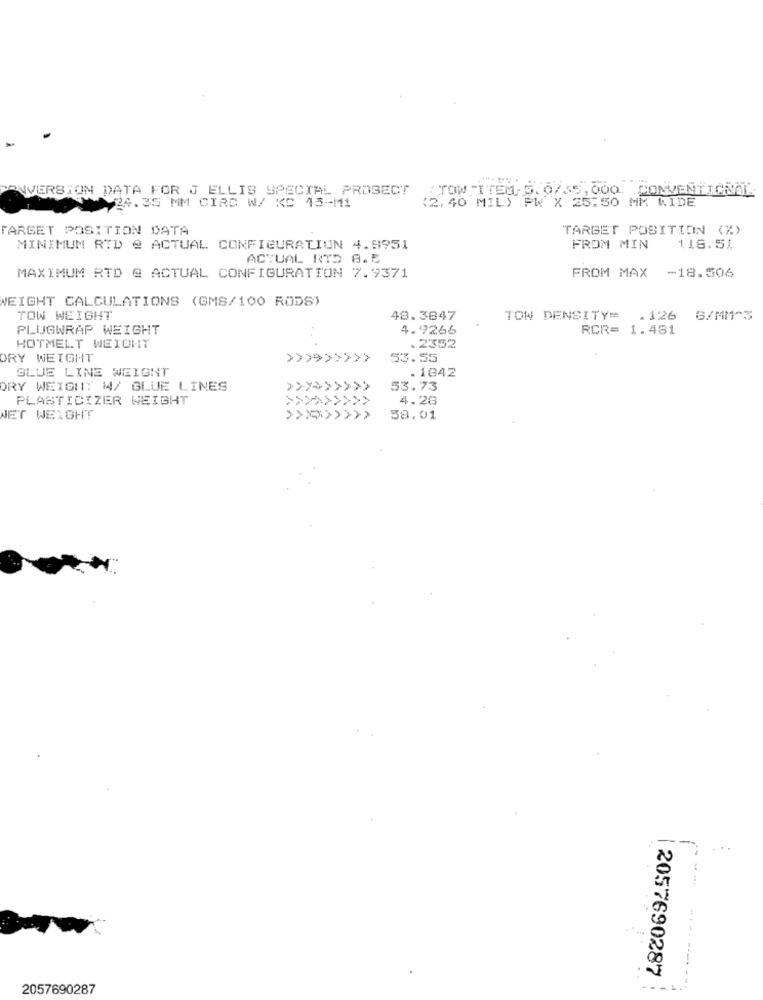
CONVERSION DATA FOR J ELLIS SPECIAL PROBECT
TOW ITEM 5.0/35, 000. CONVENTIONAL
(2,40 MIL) PW X 25.50 MM WIDE
24.35 MM CIRC W/ KC 45-M1
FARGET POSITION DATA
TARGET POSITION (%)
MINIMUM RTD @ ACTUAL CONFIGURATION 4.9951
FROM MIN
118.51
ACTUAL RTD 8.5
MAXIMUM RTD @ ACTUAL CONFIGURATION 7.9371
FROM MAX -18.506
WEIGHT CALCULATIONS (GMS/100 RODS)
TOW WEIGHT
48.3847
TOW DENSITY=
. 126
G/MM-3
PLUGWRAP WEIGHT
4. 9266
RCR= 1.481
HOTMELT WEIGHT
.2352
ORY WEIGHT
53.55
BLUE LINE WEIGHT
. 1842
ORY WEIGHT W/ BLUE LINES
53.73
PLASTICIZER WEIGHT
4.26
NET WEIGHT
58.01
2057690287
2057690287